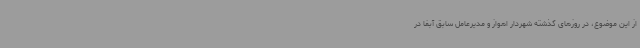
از این موضوع، در روزهای گذشته شهردار اهواز و مدیرعامل سابق آبفا در